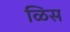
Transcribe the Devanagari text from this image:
ळिस